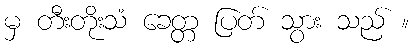
မှ တီးတိုးသံ ခေတ္တ ပြတ် သွား သည် ။